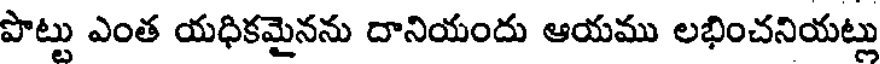
పొట్టు ఎంత యధికమైనను దానియందు ఆయము లభించనియట్లు